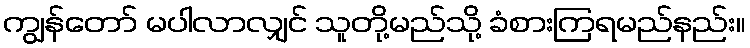
ကျွန်တော် မပါလာလျှင် သူတို့မည်သို့ ခံစားကြရမည်နည်း။